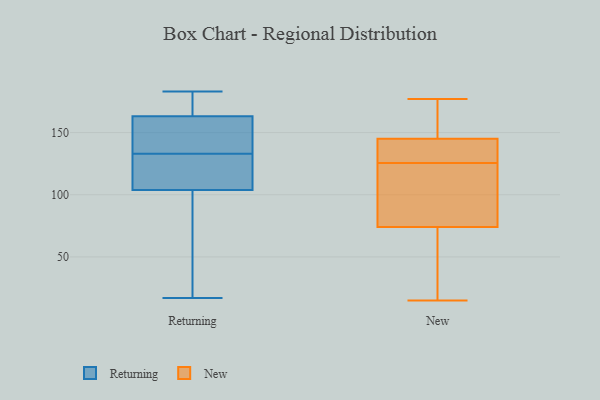
{"axis": {"x": "Energy Usage (MWh)", "y": "Value"}, "legend": ["New", "Returning"], "data": [{"x": "", "y": 114, "type": "Returning"}, {"x": "", "y": 101, "type": "Returning"}, {"x": "", "y": 133, "type": "Returning"}, {"x": "", "y": 147, "type": "Returning"}, {"x": "", "y": 169, "type": "Returning"}, {"x": "", "y": 155, "type": "Returning"}, {"x": "", "y": 48, "type": "Returning"}, {"x": "", "y": 118, "type": "Returning"}, {"x": "", "y": 174, "type": "Returning"}, {"x": "", "y": 157, "type": "Returning"}, {"x": "", "y": 112, "type": "Returning"}, {"x": "", "y": 164, "type": "Returning"}, {"x": "", "y": 129, "type": "Returning"}, {"x": "", "y": 18, "type": "Returning"}, {"x": "", "y": 17, "type": "Returning"}, {"x": "", "y": 161, "type": "Returning"}, {"x": "", "y": 83, "type": "Returning"}, {"x": "", "y": 173, "type": "Returning"}, {"x": "", "y": 183, "type": "Returning"}, {"x": "", "y": 158, "type": "New"}, {"x": "", "y": 74, "type": "New"}, {"x": "", "y": 125, "type": "New"}, {"x": "", "y": 126, "type": "New"}, {"x": "", "y": 98, "type": "New"}, {"x": "", "y": 131, "type": "New"}, {"x": "", "y": 48, "type": "New"}, {"x": "", "y": 15, "type": "New"}, {"x": "", "y": 43, "type": "New"}, {"x": "", "y": 145, "type": "New"}, {"x": "", "y": 98, "type": "New"}, {"x": "", "y": 135, "type": "New"}, {"x": "", "y": 156, "type": "New"}, {"x": "", "y": 177, "type": "New"}]}